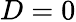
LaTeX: D=0